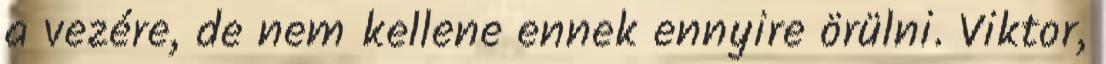
a vezére, de nem kellene ennek ennyire örülni. Viktor,